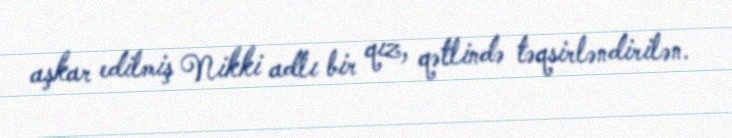
aşkar edilmiş Nikki adlı bir qız, qətlində təqsirləndirilən.